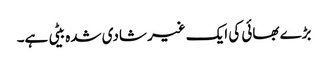
بڑے بھائی کی ایک غیر شادی شدہ بیٹی ہے۔